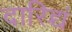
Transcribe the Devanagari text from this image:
दारिद्र्यं